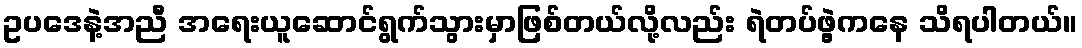
ဥပဒေနဲ့အညီ အရေးယူဆောင်ရွက်သွားမှာဖြစ်တယ်လို့လည်း ရဲတပ်ဖွဲ့ကနေ သိရပါတယ်။